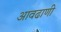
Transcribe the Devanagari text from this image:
आवढाणी